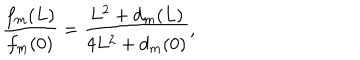
\frac { f _ { m } ( L ) } { f _ { m } ( 0 ) } = \frac { L ^ { 2 } + d _ { m } ( L ) } { 4 L ^ { 2 } + d _ { m } ( 0 ) } ,